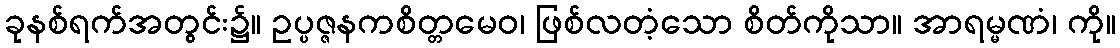
ခုနစ်ရက်အတွင်း၌။ ဥပ္ပဇ္ဇနကစိတ္တမေဝ၊ ဖြစ်လတံ့သော စိတ်ကိုသာ။ အာရမ္မဏံ၊ ကို။